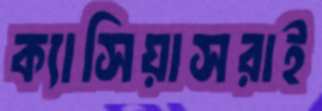
ক্যাসিয়াসরাই